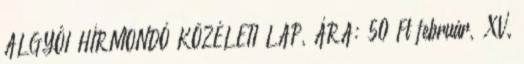
ALGYÔI HÍRMONDÓ KÖZÉLETI LAP, ÁRA: 50 Ft február, XV.